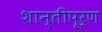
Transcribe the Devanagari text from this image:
शान्तीपूर्ण